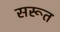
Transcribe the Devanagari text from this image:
सरूत